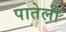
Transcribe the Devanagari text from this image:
पातेली